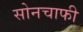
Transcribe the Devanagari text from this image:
सोनचाफी